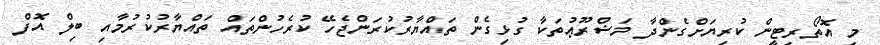
މި އޮތޯރިޓީން ކުރިޔަށްގެންދާ މަޝްރޫޢުތަކާ ގުޅިގެން ތައްޔާރުކުރަންޖެހޭ ކުރެހުންތައް ތައްޔާރުކުރުމާއި ބިލް އޮފް